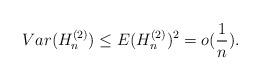
LaTeX: \begin{align*}Var(H^{(2)}_{n}) \le E(H^{(2)}_{n})^2 = o(\frac{1}{n}).\end{align*}